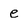
Character: e